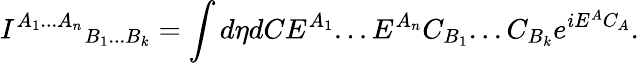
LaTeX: {I^{A_{1}...A_{n}}}_{B_{1}...B_{k}}=\int d\eta dCE^{A_{1}}...E^{A_{n}}C_{B_{1}}...C_{B_{k}}e^{iE^{A}C_{A}}.